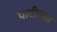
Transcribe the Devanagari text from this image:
पाटीलले